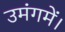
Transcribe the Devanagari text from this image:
उमंगमें।